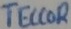
Text: TECCOR